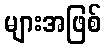
များအဖြစ်